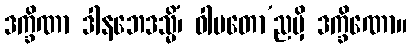
ဒက္ခိဏာ ဒါနဘေဒသ္မိံ၊ ဝါမတော’ညမှိ ဒက္ခိဏော။